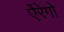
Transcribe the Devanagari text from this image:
ऐंरेगो